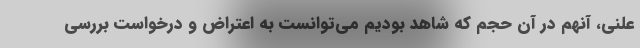
علنی، آنهم در آن حجم که شاهد بودیم می‌توانست به اعتراض و درخواست بررسی